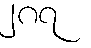
၂၈၇